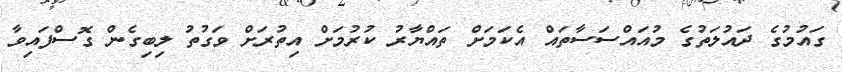
ގައުމުގެ ދައުލަތުގެ މުއައްސަސާތައް އެކަމަށް ތައްޔާރު ކުރުމަށް އިތުރަށް ވަގުތު ލިބިގެން ގޮސްފައިވާ